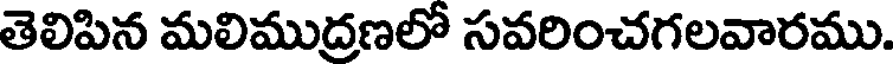
తెలిపిన మలిముద్రణలో సవరించగలవారము.